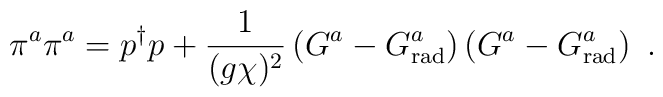
\pi^a \pi^a = p^{\dagger} p + \frac{1}{(g\chi)^2} \left(G^a-G_{\rm rad}^a\right)\left(G^a-G_{\rm rad}^a\right) \ .